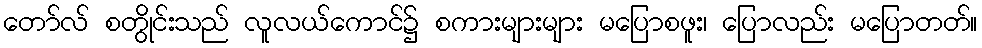
တော်လ် စတွိုင်းသည် လူလယ်ကောင်၌ စကားများများ မပြောစဖူး၊ ပြောလည်း မပြောတတ်။